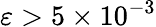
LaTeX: \varepsilon>5\times 10^{-3}